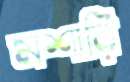
মশারি